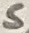
Text: S